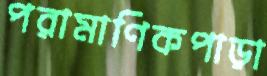
পরামাণিকপাড়া